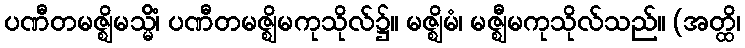
ပဏီတမဇ္ဈိမသ္မိံ၊ ပဏီတမဇ္ဈိမကုသိုလ်၌။ မဇ္ဈိမံ၊ မဇ္ဈီမကုသိုလ်သည်။ (အတ္ထိ၊